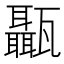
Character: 𤮱